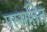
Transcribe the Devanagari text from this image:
पस्सतित